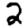
Digit: 2